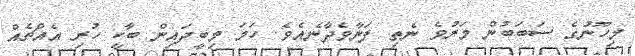
މިހޫނުގެ ސަބަބުން މަރުވެ ނެތި ފަނާވެދާނެއެވެ. ހަމަ މިބީދައިން ބާކީ ހުރި އެއްޗެއް